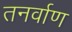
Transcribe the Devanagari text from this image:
तनर्वाण